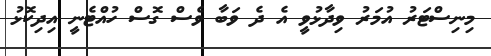
މިނިސްޓަރު އުމަރު ވިދާޅުވީ އެ ދެ ވަބާ ވެސް ގޮސް ހުއްޓެނީ އިދިކޮޅު